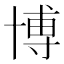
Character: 博